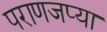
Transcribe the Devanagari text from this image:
पराणजप्या